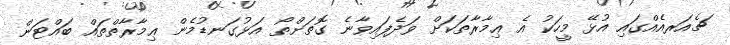
ޗެއަރއެއްގައި އުޅޭ މީހަކު އެ ޢިމާރާތަކަށް ވަދެފައިވާނެ ގޮތަށްތޯ އަޅުގަނޑުމެން ޢިމާރާތްތައް ބައްޓަން